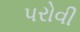
પરોવી